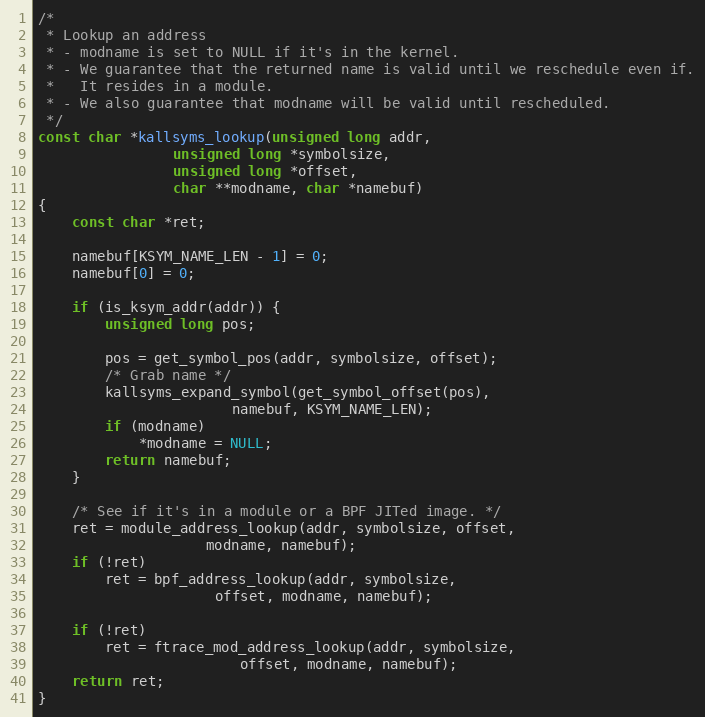
Language: C
/*
 * Lookup an address
 * - modname is set to NULL if it's in the kernel.
 * - We guarantee that the returned name is valid until we reschedule even if.
 *   It resides in a module.
 * - We also guarantee that modname will be valid until rescheduled.
 */
const char *kallsyms_lookup(unsigned long addr,
			    unsigned long *symbolsize,
			    unsigned long *offset,
			    char **modname, char *namebuf)
{
	const char *ret;

	namebuf[KSYM_NAME_LEN - 1] = 0;
	namebuf[0] = 0;

	if (is_ksym_addr(addr)) {
		unsigned long pos;

		pos = get_symbol_pos(addr, symbolsize, offset);
		/* Grab name */
		kallsyms_expand_symbol(get_symbol_offset(pos),
				       namebuf, KSYM_NAME_LEN);
		if (modname)
			*modname = NULL;
		return namebuf;
	}

	/* See if it's in a module or a BPF JITed image. */
	ret = module_address_lookup(addr, symbolsize, offset,
				    modname, namebuf);
	if (!ret)
		ret = bpf_address_lookup(addr, symbolsize,
					 offset, modname, namebuf);

	if (!ret)
		ret = ftrace_mod_address_lookup(addr, symbolsize,
						offset, modname, namebuf);
	return ret;
}